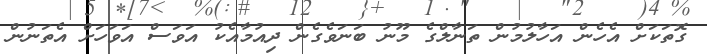
ގޮތަކަަށް އެހެން އަހާލުމުން ތަނާލްގެ މޫނު ބަނަވެގެން ދިއުމާއެކު އަވަސް އަވަހަށް އެތަނުން